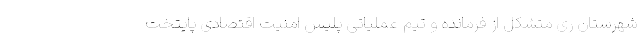
شهرستان ری متشکل از فرمانده و تیم عملیاتی پلیس امنیت اقتصادی پایتخت